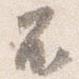
不